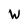
Character: W